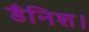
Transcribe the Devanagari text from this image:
डैनिश।